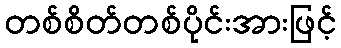
တစ်စိတ်တစ်ပိုင်းအားဖြင့်